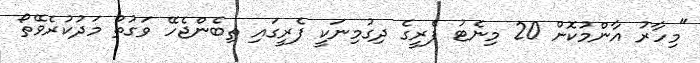
"މިހާރު އާންމުކޮށް 20 މިނެޓު ފެރީގެ ދިގުމިނަކީ ފެރީގައި ތިބެންޖެހޭ ވަގުތު މަދުކުރެވޭތޯ